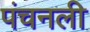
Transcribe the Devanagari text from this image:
पंचनली